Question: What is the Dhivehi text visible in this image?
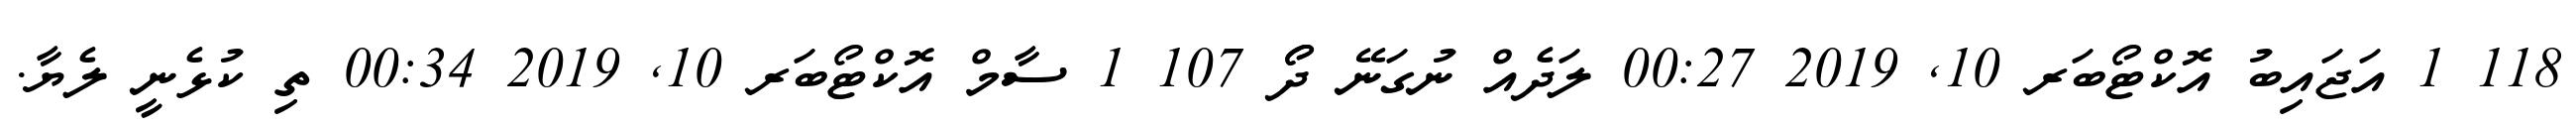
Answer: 118 1 އަޖައިބު އޮކްޓޯބަރ 10, 2019 00:27 ލަދެއް ނުގަނޭ ދޯޯ 107 1 ސާމް އޮކްޓޯބަރ 10, 2019 00:34 ތި ކުޅެނީ ލެޔާ.